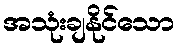
အသုံးချနိုင်သော